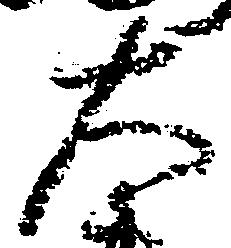
大